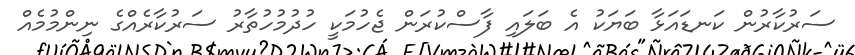
ސަރުކާރުން ކަނޑައަޅާ ބަޔަކު އެ ބަލައި ފާސްކުރަން ޖެހުމަކީ ހުދުމުހުތާރު ސަރުކާރެއްގެ ނިންމުމެއް